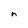
Character: n